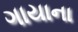
ગાયાના